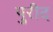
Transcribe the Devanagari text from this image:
पुरीद